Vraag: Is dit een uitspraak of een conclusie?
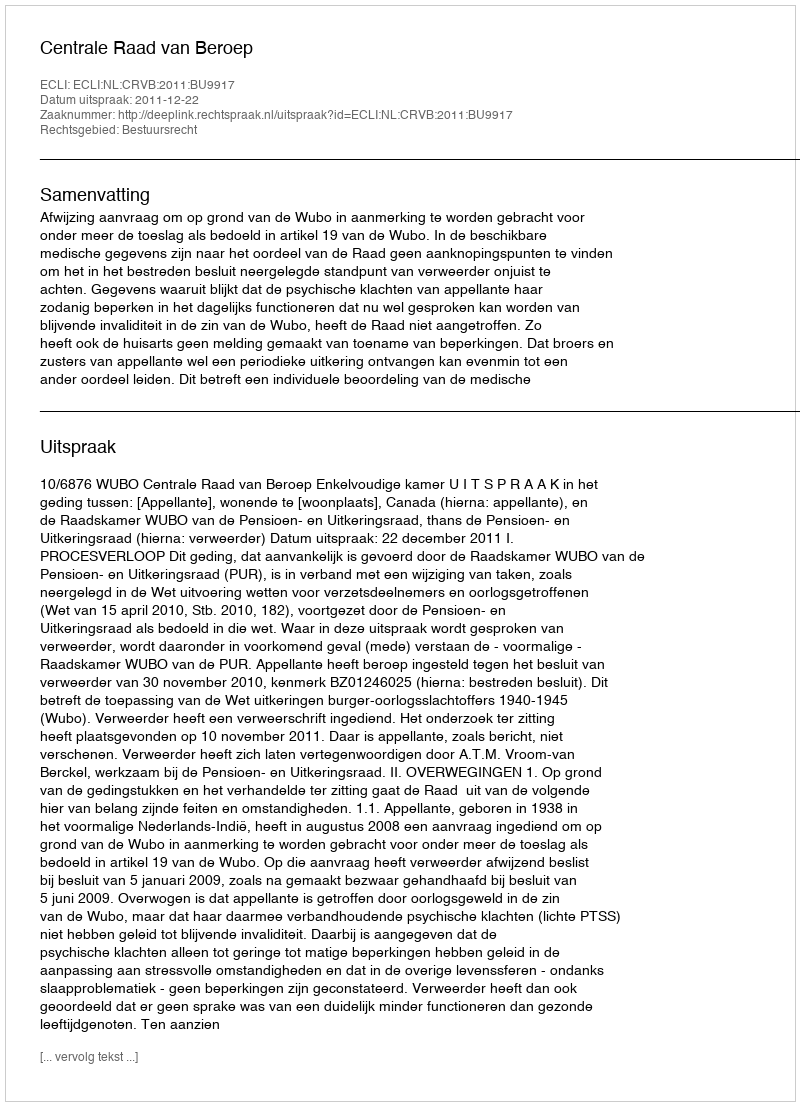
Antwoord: Uitspraak